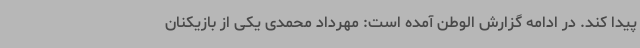
پیدا کند. در ادامه گزارش الوطن آمده است: مهرداد محمدی یکی از بازیکنان